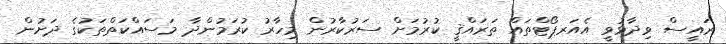
ރައީސް ވިދާޅުވީ އެއަރޕޯޓްތައް ތަރައްޤީ ކުރުމަށް ސަރުކާރުން މިހާރު ކުރަމުންދާ މަސައްކަތްތަކުގެ ދަށުން